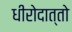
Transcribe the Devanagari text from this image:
धीरोदात्तो